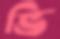
ভি